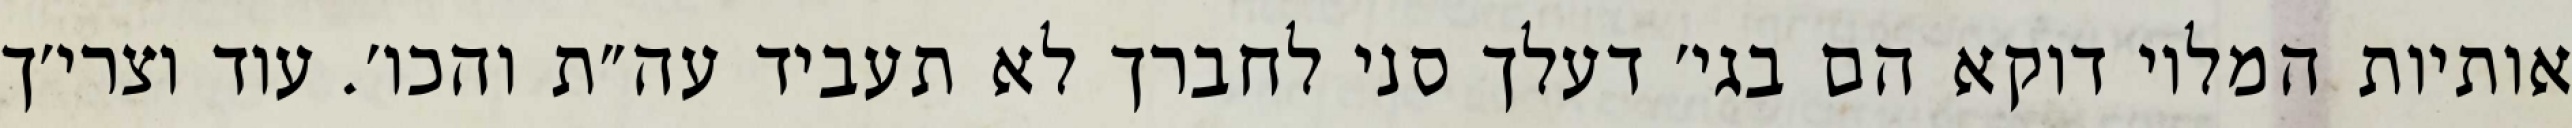
אותיות המלוי דוקא הם בגי׳ דעלך סני לחברך לא תעביד עה״ת והכו׳. עוד וצרי׳ך